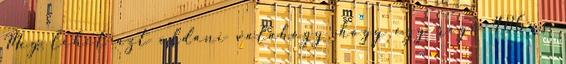
Meg lehet azt oldani valahogy, hogy egy regi 486-os